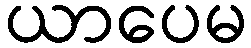
ယာပေမ